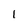
Character: l